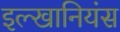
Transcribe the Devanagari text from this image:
इल्खानियंस